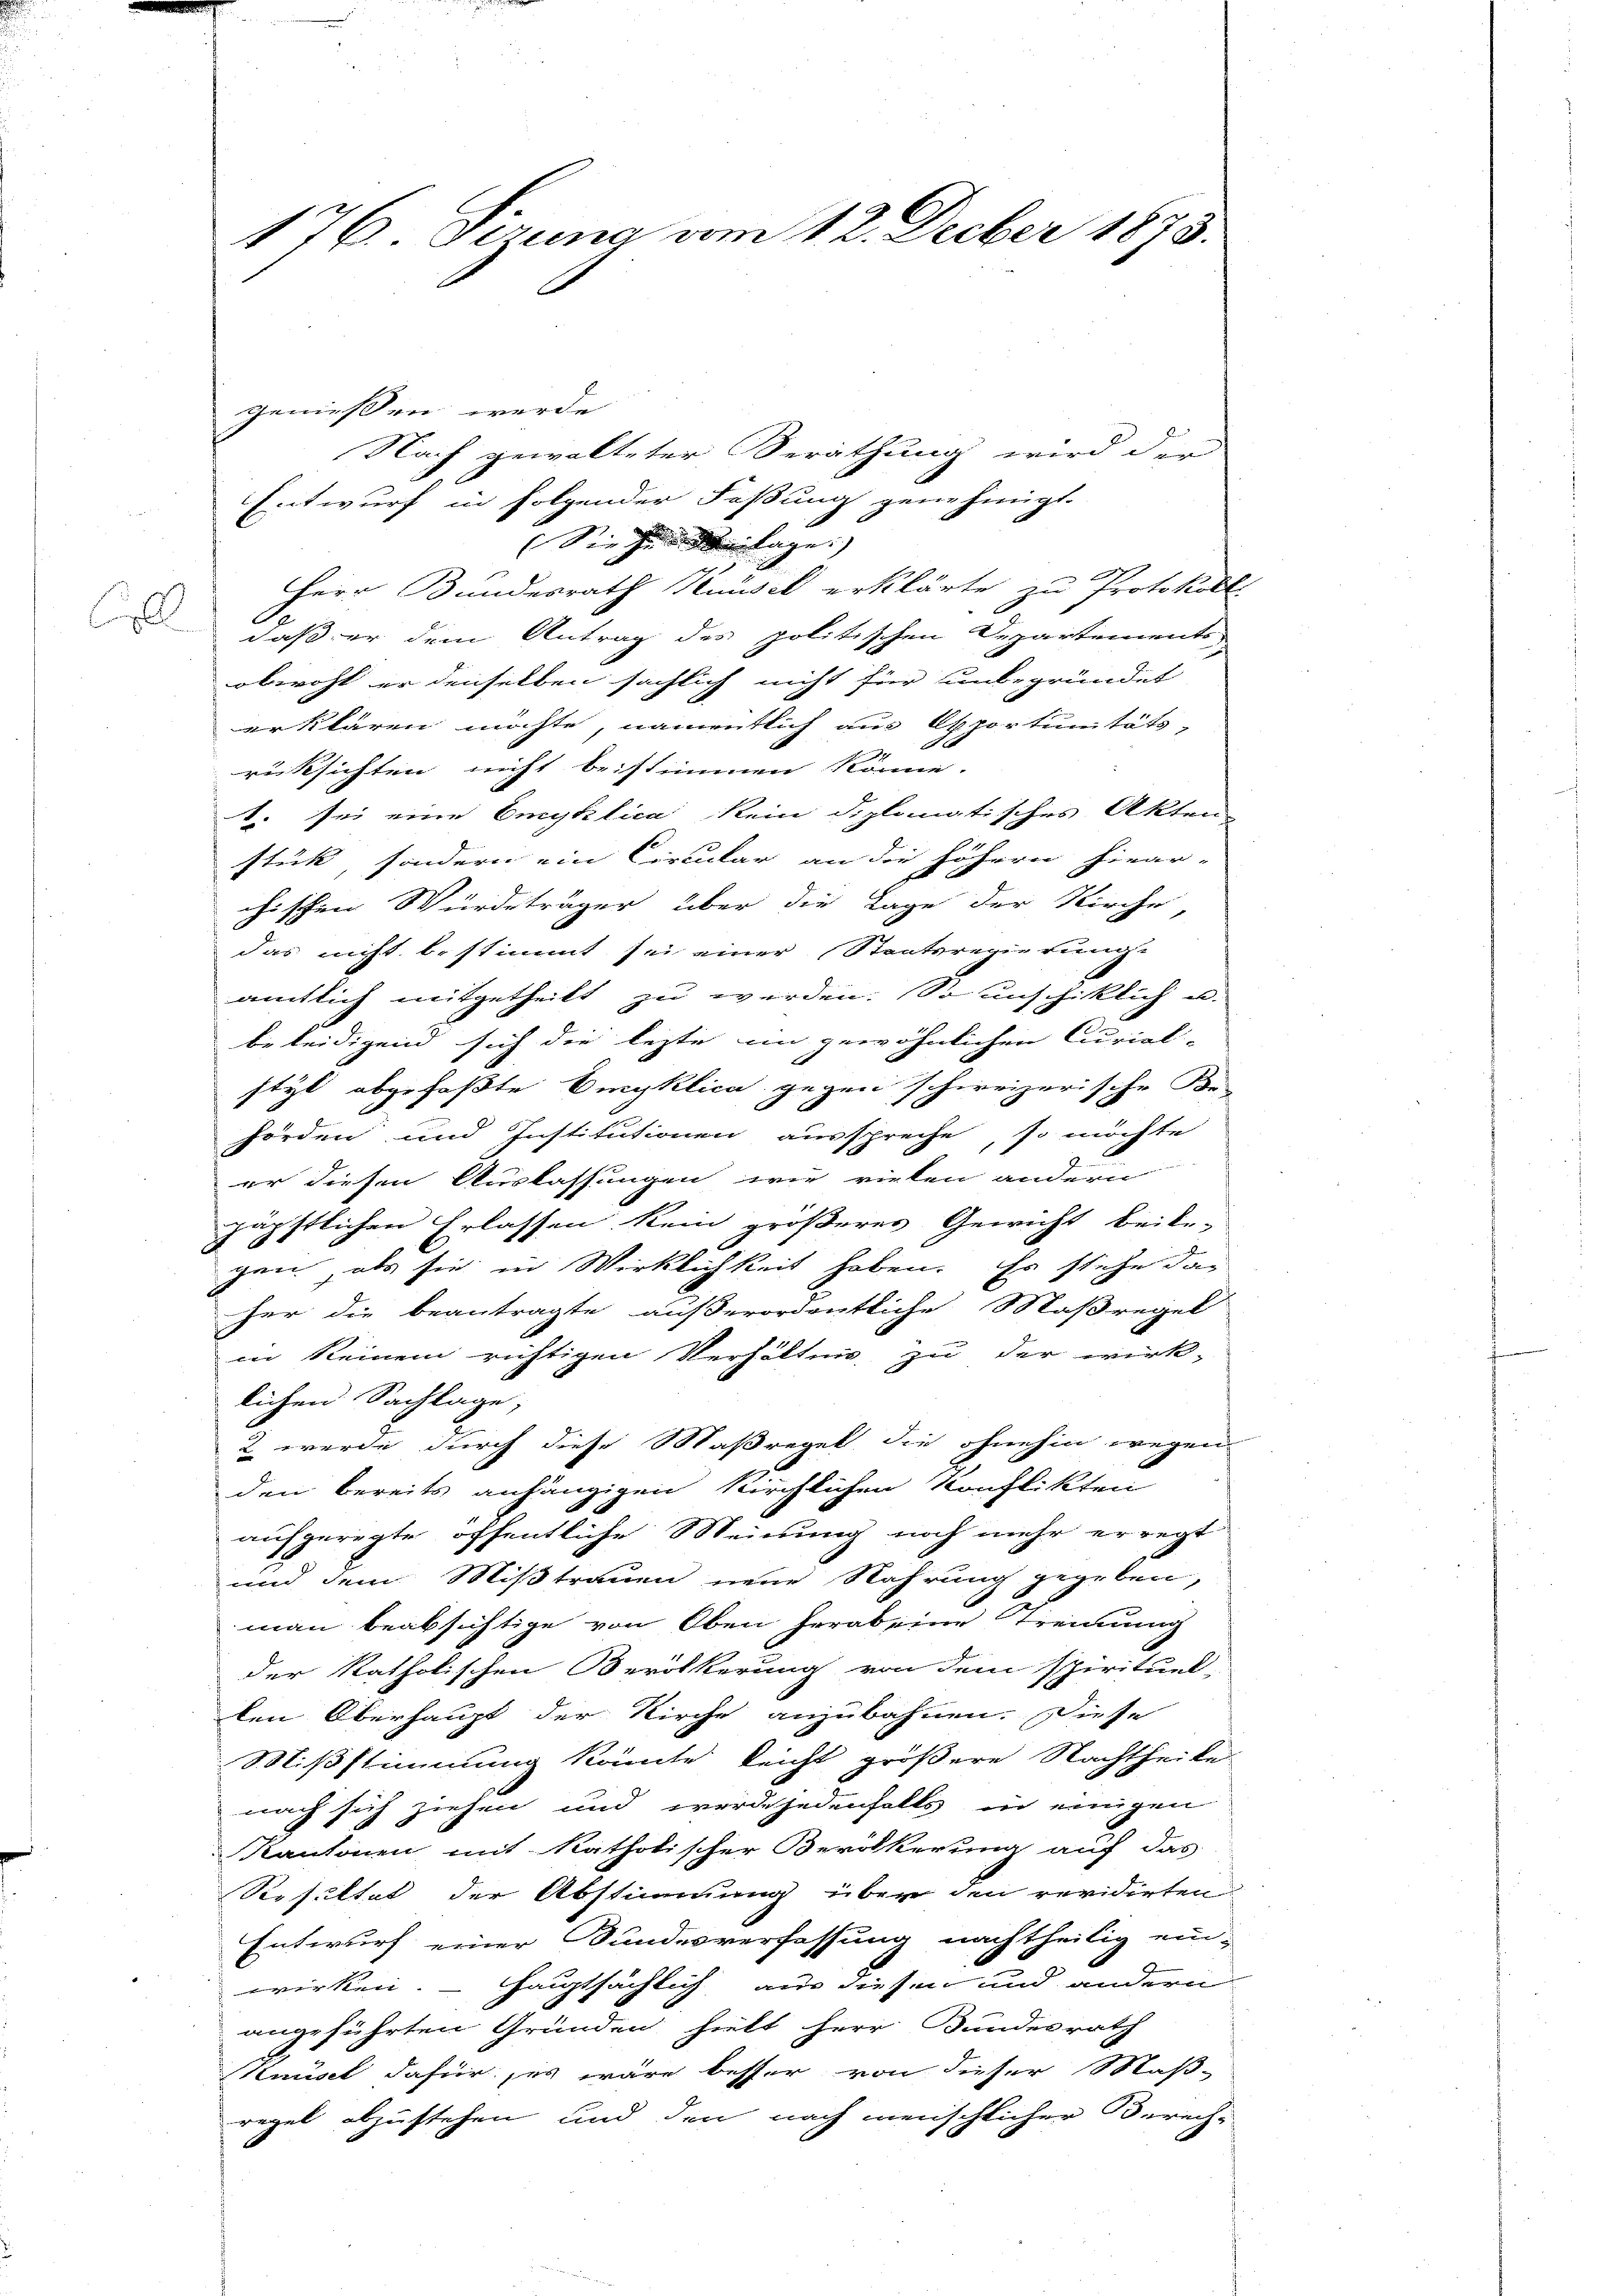
Coll

176. Sizung vom 12. Decber 1873.

genießen werde.
Nach gewalteter Berathung wird der
Entwurf in folgender Faßung genehmigt.
Sie zu de lage)
Herr Bundesrath Knüsel erklärte zu Protokoll
daß er dem Antrag des politischen Departements-
oberoht er denselben sächlich nicht für unbegründet
erklären möchte, namentlich aus Opportunitäts-
rücksichten nicht beistimmen könne.
1. sei eine Emplica kein diplomatisches Akten
stück, sondern ein Circular an die höhern hiear-
chischen Würdeträger über die Lage der Kirche
das nicht bestimmt sei einer Staatsregierung.
amtlich mitgetheilt zu werden. So unschiklich u.
beleidigend sich die lezte ein gewöhnlichen Curial-
styl abgefaßte Eingklica gegen schireizerische Be-
t
hörden und Institutionen ausspreche, so möchte
er diesen Auslassungen wie vielen andern
päpstlichen Erlassen kein größerer Gewicht beite-
d
gen, als sie in Wirklichkeit haben. Er stehe das
her die beantragte außerordentliche Maßregel
in keinem richtigen Verhältnis zu der wirk-
lichen Sachlage,
2 werde durch diese Maßregel die ohnehin wegen
den bereits anhängigen Kirchlichen Konflikten
aufgeregte öffentliche Meinung noch mehr erregt
und dem Mißtrauen neue Nahrung gegeben,
mann beabsichtige von Oben herab eine Trennung
der katholischen Verölkerung von dem Spirituel-
len Oberhaupt der Kirche anzubahnen. Diese
Mißstimmung könnte leicht größere Nachtheile
nach sich ziehen und werde jedenfalls in einigen
Kantonen mit katholischer Bevölkerung auf das
Resultet der Abstimmung über den revidirten
Entwurf einer Bundesverfassung nachtheilig ein-
wirken. - Hauptsächlich aus diesen und andern
angeführten Gründen hielt herr Bundesrath
Hausel dafür, es wäre besser von dieser Maß-
regel abzustehen und den nach menschlicher Berech-